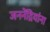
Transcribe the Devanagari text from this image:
जननेंद्रियांना